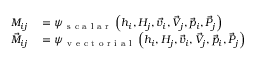
\begin{array} { r l } { M _ { i j } } & { { } = \psi _ { \mathrm { ~ s ~ c ~ a ~ l ~ a ~ r ~ } } \left( h _ { i } , H _ { j } , \vec { v } _ { i } , \vec { V } _ { j } , \vec { p } _ { i } , \vec { P } _ { j } \right) } \\ { \vec { M } _ { i j } } & { { } = \psi _ { \mathrm { ~ v ~ e ~ c ~ t ~ o ~ r ~ i ~ a ~ l ~ } } \left( h _ { i } , H _ { j } , \vec { v } _ { i } , \vec { V } _ { j } , \vec { p } _ { i } , \vec { P } _ { j } \right) } \end{array}